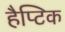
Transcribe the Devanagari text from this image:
हैप्टिक